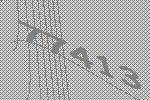
77413